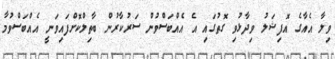
ވިލާ އެއާގެ އޮފިޝަލު ވިދާޅުވި ގޮތުގައި އެ އެއްބަސްވުން ސަރުކާރުން ބާތިލްކޮށްފައިވަނީ އެއްބަސްވުމާ